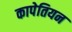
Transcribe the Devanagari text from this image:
कापेतियन